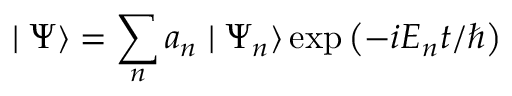
\mid \Psi \rangle = \sum _ { n } a _ { n } \mid \Psi _ { n } \rangle \exp { \bigl ( - i E _ { n } t / \hbar \bigr ) }